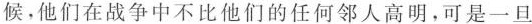
候，他们在战争中不比他们的任何邻人高明，可是一旦